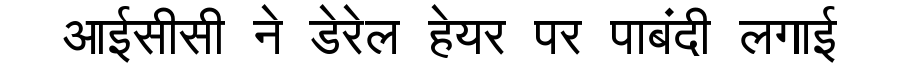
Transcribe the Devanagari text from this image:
आईसीसी ने डेरेल हेयर पर पाबंदी लगाई